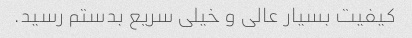
کیفیت بسیار عالی و خیلی سریع بدستم رسید.